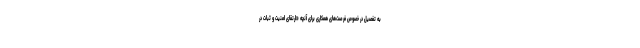
به تفصیل در خصوص فرصت‌های همکاری برای آنچه «ارتقای امنیت و ثبات در